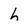
Character: h